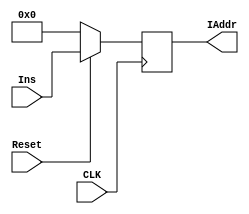
module PC(
        input CLK,
        input Reset,
        input [31:0] Ins,
        
        output reg [31:0] IAddr
    );
        
    always @(negedge CLK) begin
        if (Reset == 0) IAddr = 8'h00000000;
        else IAddr = Ins;
    end
endmodule